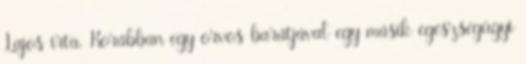
Lajos írta. Korábban egy orvos barátjával egy másik egészségügyi